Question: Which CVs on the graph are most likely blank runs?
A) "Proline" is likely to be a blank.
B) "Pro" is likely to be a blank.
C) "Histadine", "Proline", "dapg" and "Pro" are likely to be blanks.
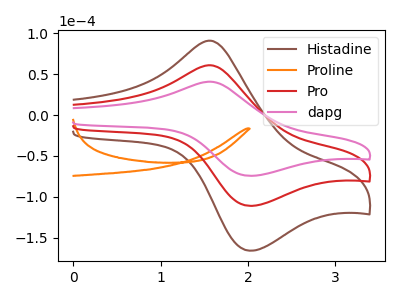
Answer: <think>The brown curve "Histadine" has an anodic peak at (1.55V, 121.45uA) and a cathodic peak at (2.05V, -221.85uA). The orange curve "Proline" has no peaks. The red curve "Pro" has an anodic peak at (1.55V, 60.70uA) and a cathodic peak at (2.05V, -110.95uA). The pink curve "dapg" has an anodic peak at (1.55V, 40.65uA) and a cathodic peak at (2.05V, -74.25uA).</think>
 <answer>A) "Proline" is likely to be a blank.</answer>
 <eval>A</eval>